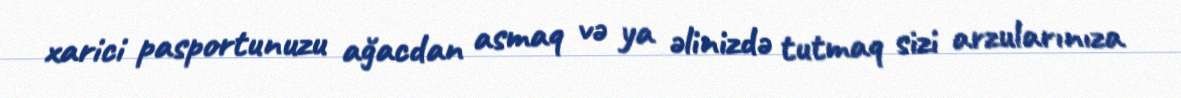
xarici pasportunuzu ağacdan asmaq və ya əlinizdə tutmaq sizi arzularınıza